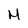
Character: M